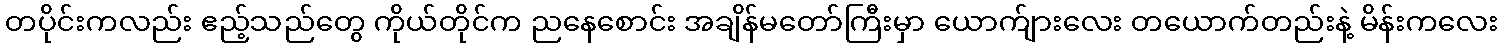
တပိုင်းကလည်း ဧည့်သည်တွေ ကိုယ်တိုင်က ညနေစောင်း အချိန်မတော်ကြီးမှာ ယောက်ျားလေး တယောက်တည်းနဲ့ မိန်းကလေး